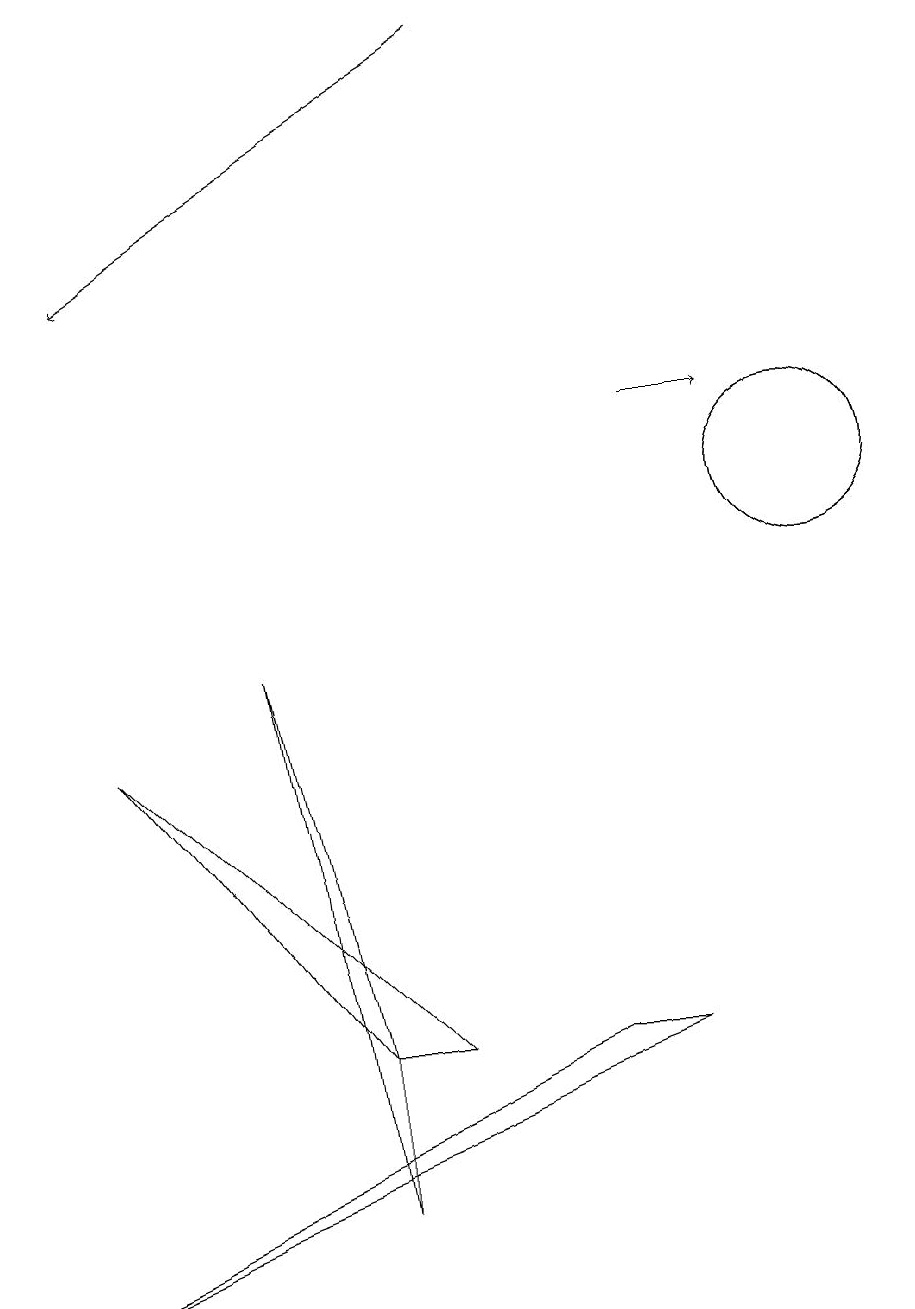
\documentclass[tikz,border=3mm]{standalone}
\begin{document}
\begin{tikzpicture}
\draw (10,11) circle (1);
\draw (8,4) -- (0,1) -- (7,4) -- cycle;
\draw[->] (8,12) -- (9,12);
\draw[->] (6,17) -- (1,14);
\draw (5,4) -- (1,8) -- (4,4) -- cycle;
\draw (4,2) -- (4,4) -- (3,9) -- cycle;
\draw (10,11) circle (1);
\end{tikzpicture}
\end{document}